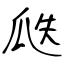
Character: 瓞